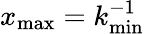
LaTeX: x_{\mathrm{max}}=k_{\mathrm{min}}^{-1}